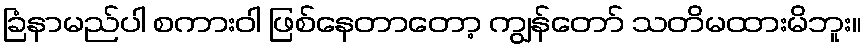
ခြံနာမည်ပါ စကားဝါ ဖြစ်နေတာတော့ ကျွန်တော် သတိမထားမိဘူး။